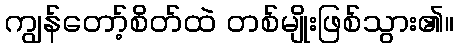
ကျွန်တော့်စိတ်ထဲ တစ်မျိုးဖြစ်သွား၏။